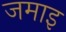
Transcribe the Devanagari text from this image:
जमाइ